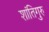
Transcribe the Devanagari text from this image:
शांतिगुरु